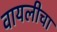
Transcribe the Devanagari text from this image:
वायलीचा